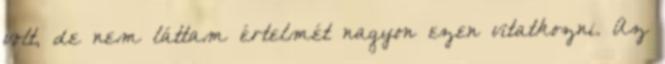
volt, de nem láttam értelmét nagyon ezen vitatkozni. Az